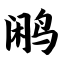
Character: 鹇